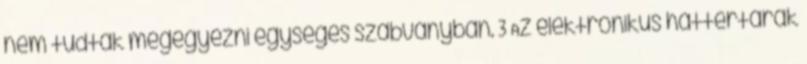
nem tudtak megegyezni egységes szabványban. 3 Az elektronikus háttértárak